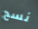
نسج